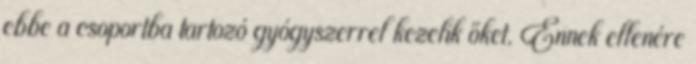
ebbe a csoportba tartozó gyógyszerrel kezelik őket. Ennek ellenére